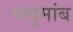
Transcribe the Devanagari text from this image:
पलुमांब